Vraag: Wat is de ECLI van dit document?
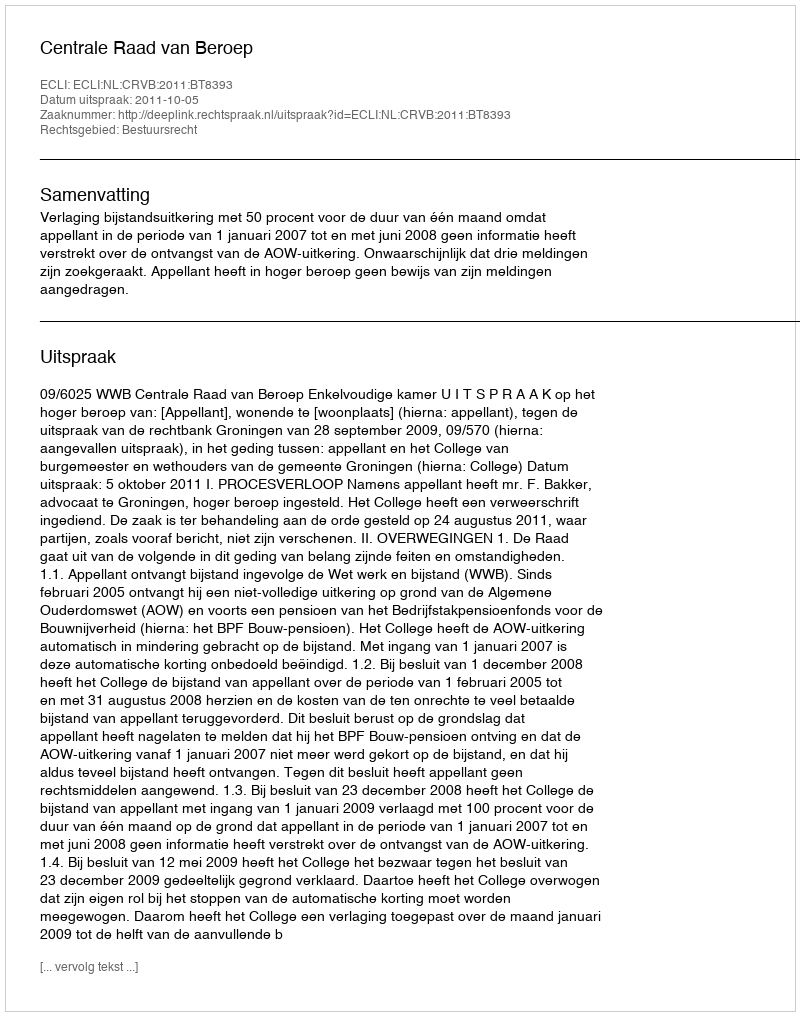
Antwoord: ECLI:NL:CRVB:2011:BT8393